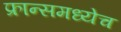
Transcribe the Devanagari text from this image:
फ्रान्समध्येच